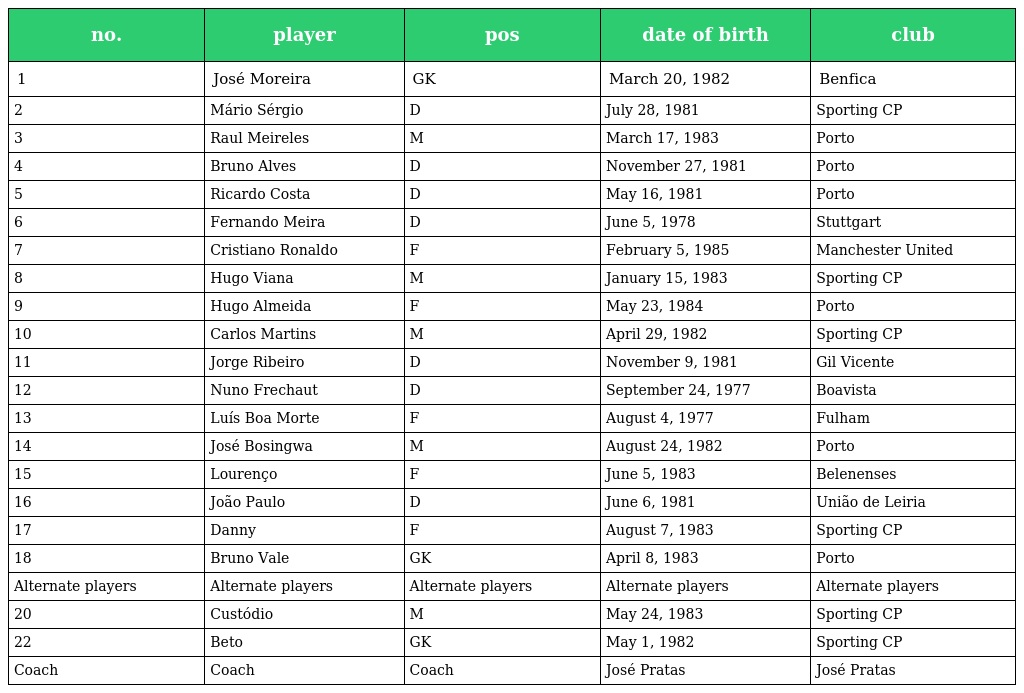
| no. | player | pos | date of birth | club |
 | --- | --- | --- | --- | --- |
 | 1 | José Moreira | GK | March 20, 1982 | Benfica |
 | 2 | Mário Sérgio | D | July 28, 1981 | Sporting CP |
 | 3 | Raul Meireles | M | March 17, 1983 | Porto |
 | 4 | Bruno Alves | D | November 27, 1981 | Porto |
 | 5 | Ricardo Costa | D | May 16, 1981 | Porto |
 | 6 | Fernando Meira | D | June 5, 1978 | Stuttgart |
 | 7 | Cristiano Ronaldo | F | February 5, 1985 | Manchester United |
 | 8 | Hugo Viana | M | January 15, 1983 | Sporting CP |
 | 9 | Hugo Almeida | F | May 23, 1984 | Porto |
 | 10 | Carlos Martins | M | April 29, 1982 | Sporting CP |
 | 11 | Jorge Ribeiro | D | November 9, 1981 | Gil Vicente |
 | 12 | Nuno Frechaut | D | September 24, 1977 | Boavista |
 | 13 | Luís Boa Morte | F | August 4, 1977 | Fulham |
 | 14 | José Bosingwa | M | August 24, 1982 | Porto |
 | 15 | Lourenço | F | June 5, 1983 | Belenenses |
 | 16 | João Paulo | D | June 6, 1981 | União de Leiria |
 | 17 | Danny | F | August 7, 1983 | Sporting CP |
 | 18 | Bruno Vale | GK | April 8, 1983 | Porto |
 | Alternate players | Alternate players | Alternate players | Alternate players | Alternate players |
 | 20 | Custódio | M | May 24, 1983 | Sporting CP |
 | 22 | Beto | GK | May 1, 1982 | Sporting CP |
 | Coach | Coach | Coach | José Pratas | José Pratas |